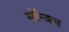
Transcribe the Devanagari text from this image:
मॉन्क्स